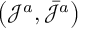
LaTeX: \left( \mathcal { J } ^ { a } , \bar { \mathcal { J } } ^ { a } \right) \,